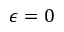
\epsilon = 0